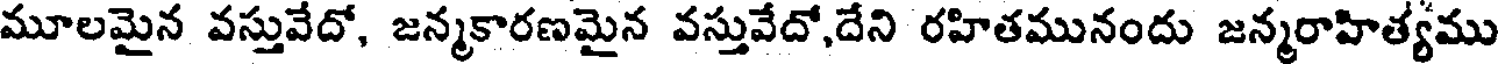
మూలమైన వస్తువేదో, జన్మకారణమైన వస్తువేదో,దేని రహితమునందు జన్మరాహిత్యము